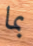
بما